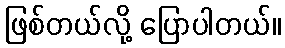
ဖြစ်တယ်လို့ ပြောပါတယ်။